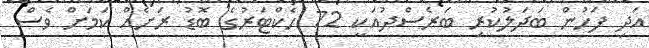
އަދި ފަހުން ބަދަލުކުރި ބަރެސްދުއަކީ 72 ހެކްޓަރުގެ ބޮޑު ރަށެއް ކަމަށް ވެސް